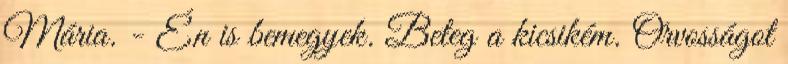
Mária. - Én is bemegyek. Beteg a kicsikém. Orvosságot